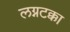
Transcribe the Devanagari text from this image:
लग्नटक्का